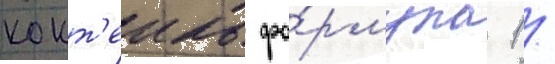
кокт'еиль фо́рмула 1 /